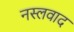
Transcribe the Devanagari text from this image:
नस्‍लवाद